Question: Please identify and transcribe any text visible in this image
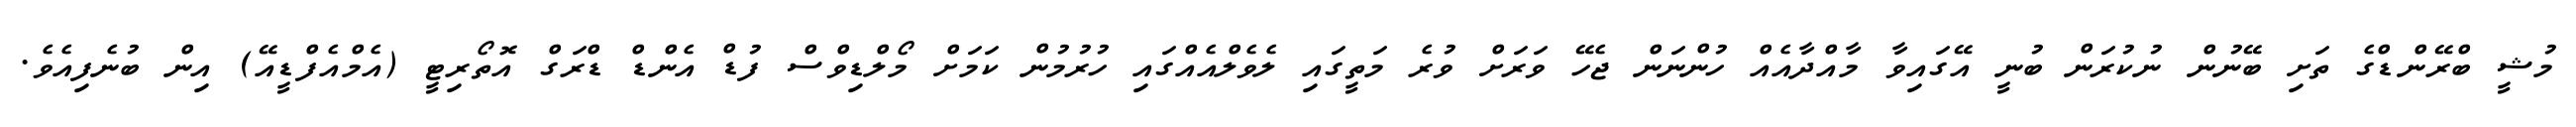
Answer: މުޝީ ބްރޭންޑްގެ ތަށި ބޭނުން ނުކުރަން ބުނީ އޭގައިވާ މާއްދާއެއް ހުންނަން ޖެހޭ ވަރަށް ވުރެ މަތީގައި ލެވެލްއެއްގައި ހުރުމުން ކަމަށް މޯލްޑިވްސް ފުޑް އެންޑް ޑްރަގް އޮތޯރިޓީ (އެމްއެފްޑީއޭ) އިން ބުނެފިއެވެ.